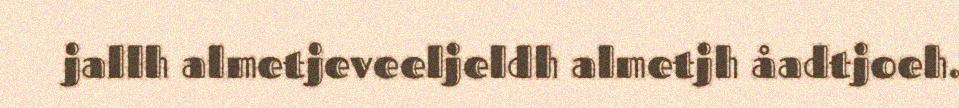
jallh almetjeveeljeldh almetjh åadtjoeh.